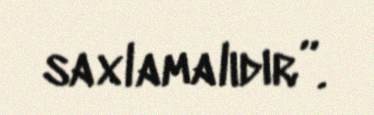
saxlamalıdır”.